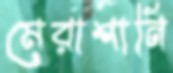
মেরাশানি